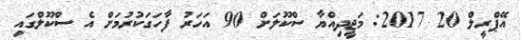
އޭޕްރީލް 20 2017: މަޖީދިއްޔާ ސްކޫލަށް 90 އަހަރު ފާހަގަކުރުމަށް އެ ސްކޫލްގައި